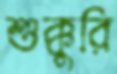
শুক্কুরি